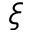
\xi